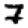
Digit: 7